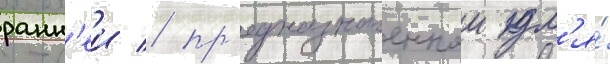
ранн'еи / пр'едназначеннои дл'я́